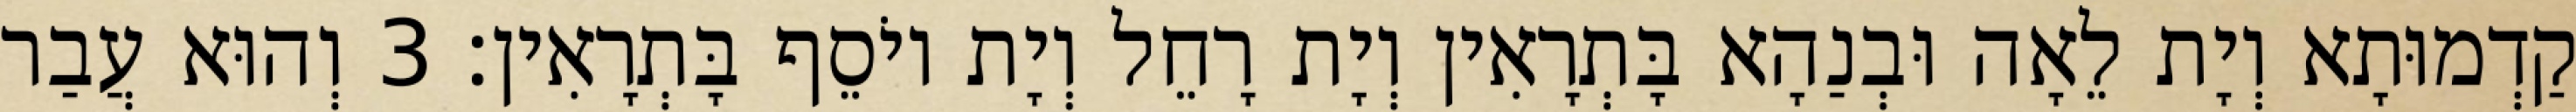
קַדְמוּתָא וְיָת לֵאָה וּבְנַהָא בָּתְרָאִין וְיָת רָחֵל וְיָת יוֹסֵף בָּתְרָאִין׃ 3 וְהוּא עֲבַר